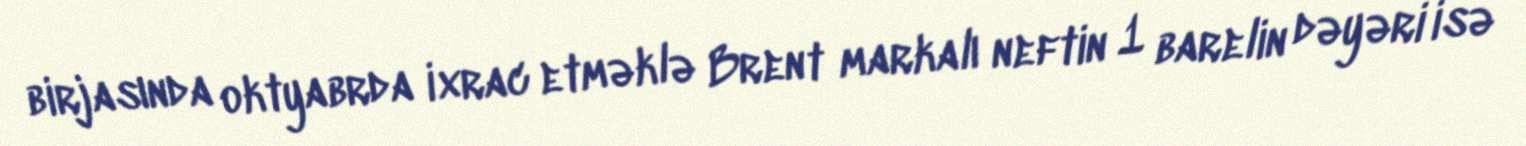
birjasında oktyabrda ixrac etməklə Brent markalı neftin 1 barelin dəyəri isə